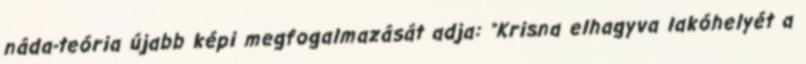
náda-teória újabb képi megfogalmazását adja: "Krisna elhagyva lakóhelyét a